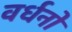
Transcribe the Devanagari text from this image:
वर्धनो